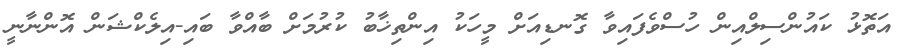
އަތޮޅު ކައުންސިލްއިން ހުސްވެފައިވާ ގޮނޑިއަށް މީހަކު އިންތިޚާބު ކުރުމަށް ބާއްވާ ބައި-އިލެކްޝަން އޮންނާނީ